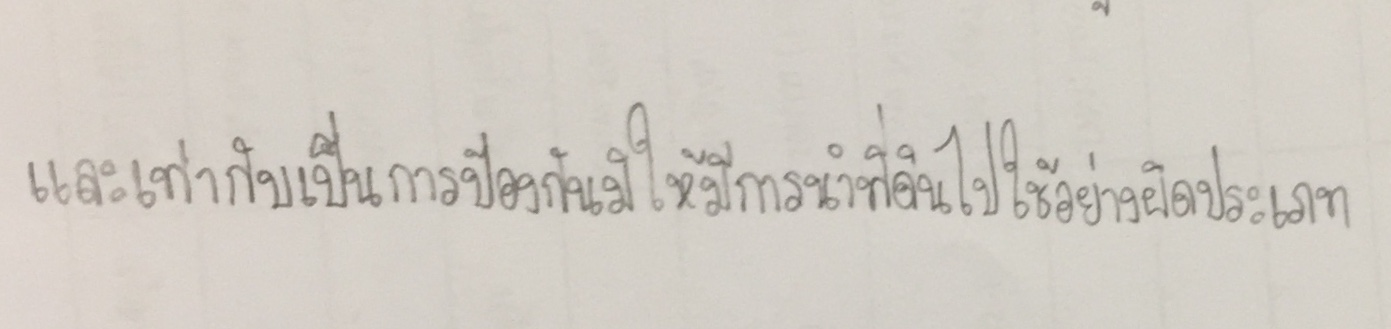
และเท่ากับเป็นการป้องกันมิให้มีการนำที่ดินไปใช้อย่างผิดประเภท